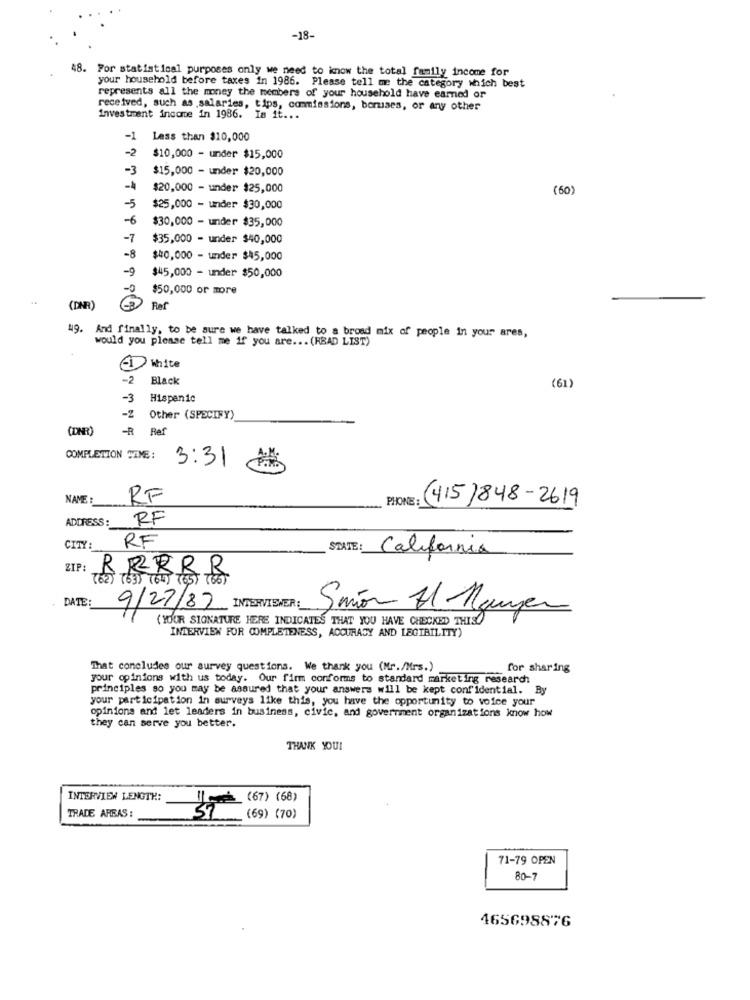
-18-
48. For statistical purposes only we need to know the total family income for
your household before taxes in 1986. Please tell me the category which best
represents all the money the members of your household have earned or
received, such as salaries, tips, commissions, boruses, or any other
investment income in 1986. Is it ...
-1
Less than $10,000
-2
$10,000 - under $15,000
-3
$15,000 - under $20,000
-A
$20,000 - under $25,000
(60)
5
$25,000 - under $30,000
-6
$30,000 - under $35,000
-7
$35,000 - under $40,000
-8
$40,000 - under $45,000
$45,000 - under $50,000
$50,000 or more
(DNR)
Ref
would you please tell me if you are ... (READ LIST)
And finally, to be sure we have talked to a broad mix of people in your ares,
-1
White
-2
Black
(61)
-3
Hispanic
-2
Other (SPECIFY)
(DNR)
-R
Ref
COMPLETION TIME:
3:31
NAME :
RF
PHONE :
: (415)848-2619
ADDRESS:
RF
CITY:
RF
STATE
California
ZIP:
RRRR
DATE
9/27/87 INTERVIEWER:
Smör 71 Magen
(YOUR SIGNATURE HERE INDICATES THAT YOU HAVE CHECKED THISO
INTERVIEW FOR COMPLETENESS, ACCURACY AND LEGIBILITY)
That concludes our survey questions. We thank you (Mr./Mrs.)
for sharing
your opinions with us today. Our firm conforms to standard marketing research
principles so you may be assured that your answers will be kept confidential. By
your participation in surveys like this, you have the opportunity to voice your
opinions and let leaders in business, civic, and government organizations know how
they can serve you better.
THANK YOU!
INTERVIEW LENGTH:
35 (67) (68)
TRADE AREAS :
(69) (70)
71-79 OPEN
80-7
465698876